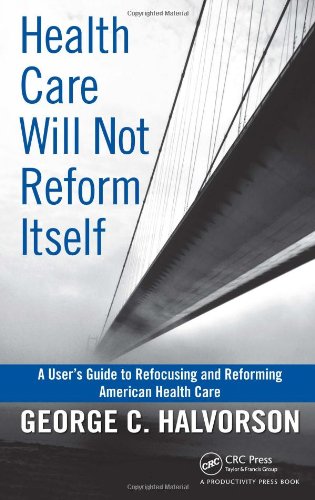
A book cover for Health Care Will Not Reform Itself: A User's Guide to Refocusing and Reforming American Health Care; George C. Halvorson; Medical Books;